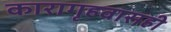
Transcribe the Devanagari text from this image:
कारागृहवासही